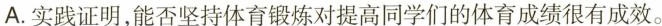
A.实践证明，能否坚持体育锻炼对提高同学们的体育成绩很有成效。